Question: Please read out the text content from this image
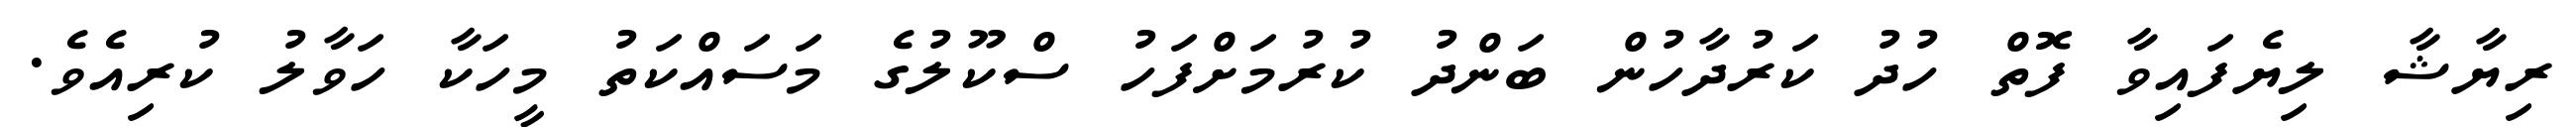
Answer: ރިޔާޝާ ލިޔެފައިވާ ފޮތް ހުދު ކަރުދާހުން ބަންދު ކުރުމަށްފަހު ސްކޫލުގެ މަސައްކަތު މީހަކާ ހަވާލު ކުރިއެވެ.